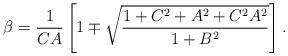
LaTeX: \begin{align*} \beta={1\over CA}\left[1\mp\sqrt{1+C^2+A^2+C^2A^2\over 1+B^2}\right].\end{align*}